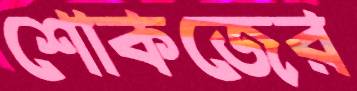
শোকজের